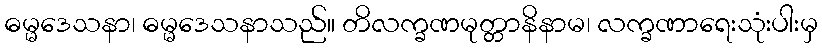
ဓမ္မဒေသနာ၊ ဓမ္မဒေသနာသည်။ တိလက္ခဏမုတ္တာနိနာမ၊ လက္ခဏာရေးသုံးပါးမှ